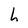
Character: h